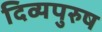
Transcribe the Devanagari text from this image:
दिव्यपुरुष